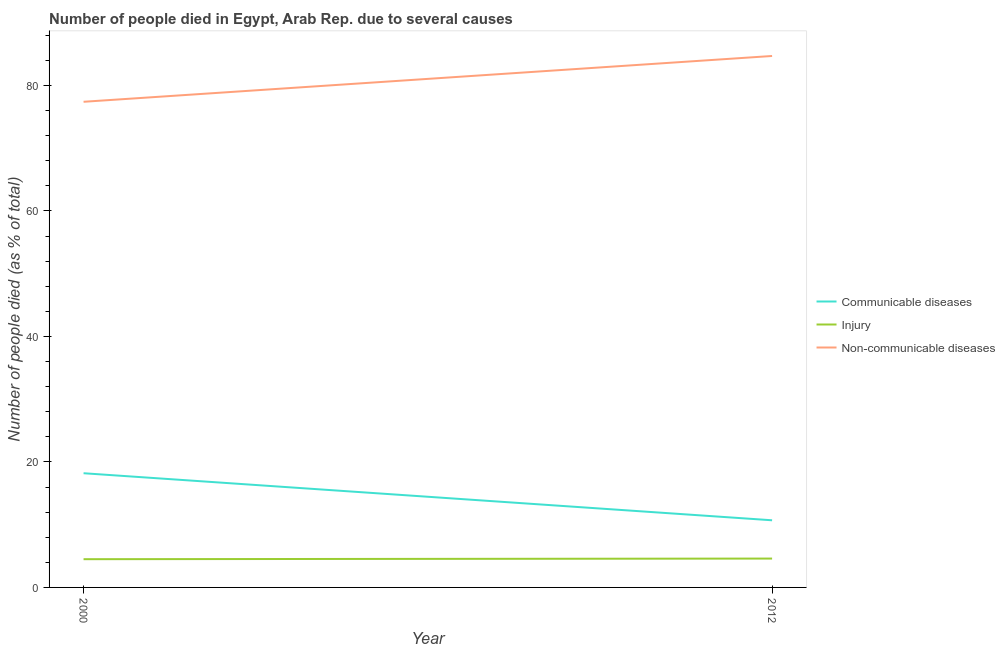
| Year | Communicable diseases | Injury | Non-communicable diseases |
 | --- | --- | --- | --- |
 | 2000 | 18.2 | 4.5 | 77.4 |
 | 2012 | 10.7 | 4.6 | 84.7 |